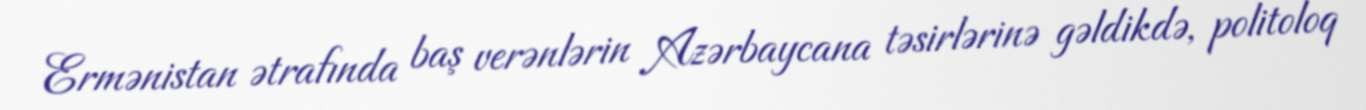
Ermənistan ətrafında baş verənlərin Azərbaycana təsirlərinə gəldikdə, politoloq